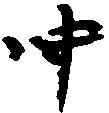
中